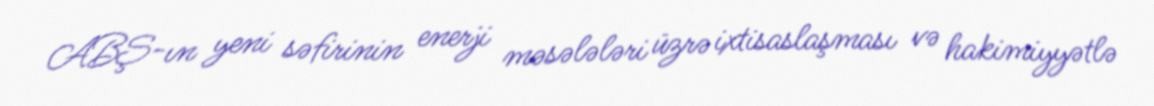
ABŞ-ın yeni səfirinin enerji məsələləri üzrə ixtisaslaşması və hakimiyyətlə